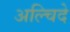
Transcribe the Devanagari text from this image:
अल्चिदे